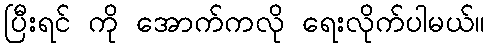
ပြီးရင် ကို အောက်ကလို ရေးလိုက်ပါမယ်။